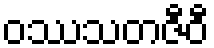
ဝဿသတဇီဝီ